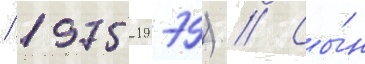
/ 1975-1979) // Сы́н